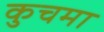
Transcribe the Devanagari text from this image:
कुचमा